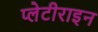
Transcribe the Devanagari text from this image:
प्लेटीराइन